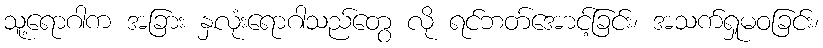
သူ့ရောဂါက အခြား နှလုံးရောဂါသည်တွေ လို ရင်ဘတ်အောင့်ခြင်း၊ အသက်ရှုမဝခြင်း၊